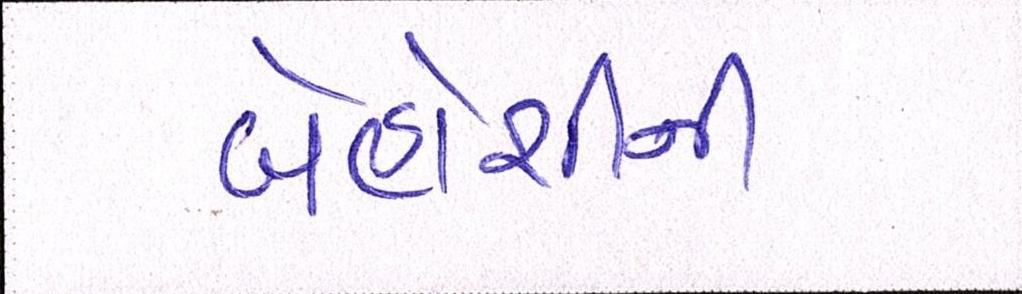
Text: બેહોશીની